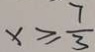
x \geq \frac { 7 } { 3 }